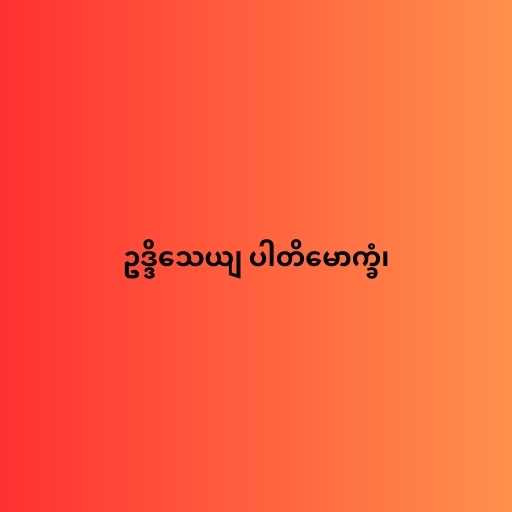
ဥဒ္ဒိသေယျ ပါတိမောက္ခံ၊